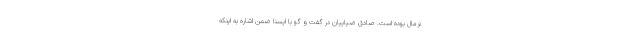
نرمال بوده است. صادق ضیاییان در گفت و گو با ایسنا ضمن اشاره به اینکه